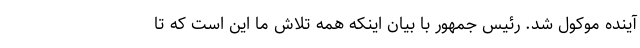
آینده موکول شد. رئیس جمهور با بیان اینکه همه تلاش ما این است که تا